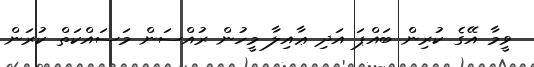
ވީމާ އޭގެ ކުރިން ބައްޕަ އަދި ޢާއިލާ މީހުން ރުއްސަން މަސައްކަތް ކުރަން